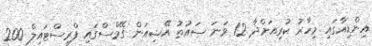
އިންޑިއާގައި މިހާރު ކުރިއަށްދާ 12 ވަނަ ސައުތު އޭޝިއަން ގޭމްސްގައި ފްރީސްޓައިލް 200